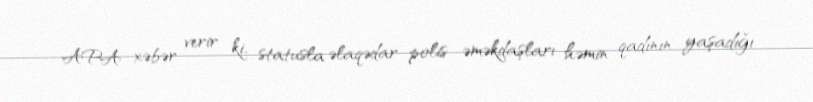
APA xəbər verir ki, statusla əlaqədar polis əməkdaşları həmin qadının yaşadığı